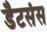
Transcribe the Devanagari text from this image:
डैटसंस